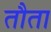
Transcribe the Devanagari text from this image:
तौता